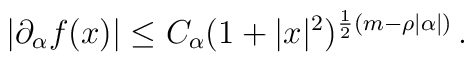
|\partial_{\alpha}f(x)|\le C_{\alpha}(1 + | x |^{2})^{ \frac{1}{2}(m- \rho|\alpha|)} \, .